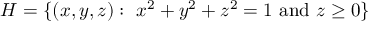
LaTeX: H = \{ ( x , y , z ) : \ x ^ { 2 } + y ^ { 2 } + z ^ { 2 } = 1 { \mathrm { ~ a n d ~ } } z \geq 0 \}